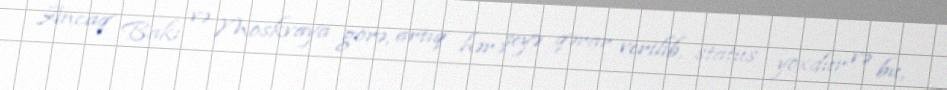
Ancaq Bakı və Moskvaya görə, artıq hər şeyə qərar verilib, status yoxdur və bu,